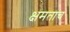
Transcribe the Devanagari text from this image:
क्षमताच